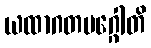
ယထာဂတမဂ္ဂေါတိ